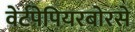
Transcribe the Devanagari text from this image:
वेर्टपेपियरबोरसे